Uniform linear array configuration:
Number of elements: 48
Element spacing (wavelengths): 1
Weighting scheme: uniform
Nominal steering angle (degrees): -60
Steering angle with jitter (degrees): -58.664
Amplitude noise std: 0.05
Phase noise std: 0.05

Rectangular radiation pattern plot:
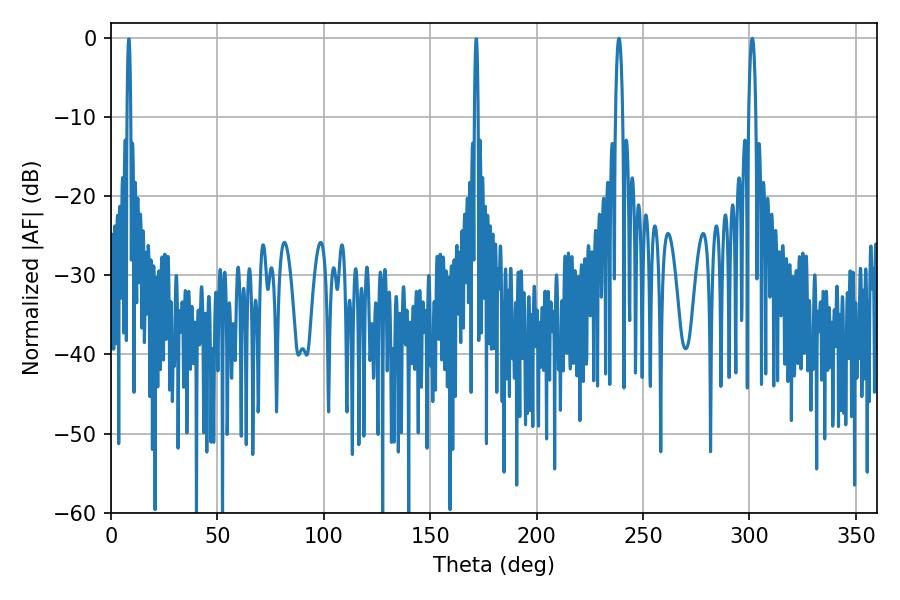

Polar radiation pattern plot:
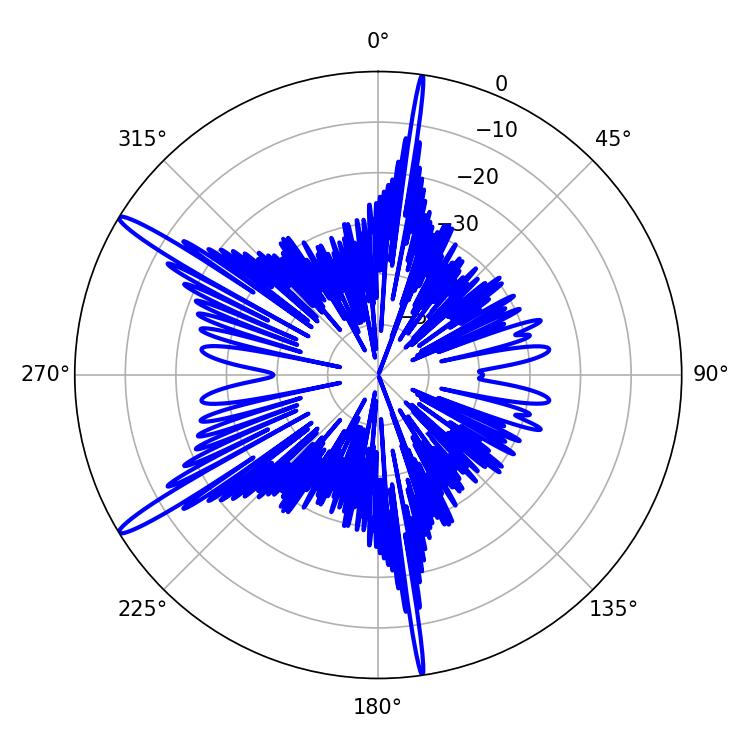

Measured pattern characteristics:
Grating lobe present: TRUE
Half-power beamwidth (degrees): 1.8
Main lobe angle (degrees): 238.68